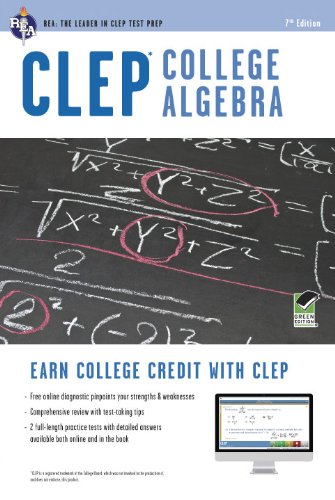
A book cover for CLEP College Algebra w/ Online Practice Exams (CLEP Test Preparation); Editors of REA; Test Preparation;